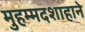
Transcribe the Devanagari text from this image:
मुहम्मदशाहाने